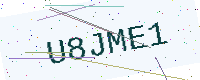
Text: U8JME1